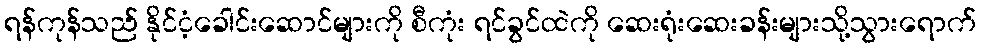
ရန်ကုန်သည် နိုင်ငံ့ခေါင်းဆောင်များကို စီကုံး ရင်ခွင်ထဲကို ဆေးရုံးဆေးခန်းများသို့သွားရောက်